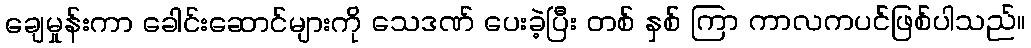
ချေမှုန်းကာ ခေါင်းဆောင်များကို သေဒဏ် ပေးခဲ့ပြီး တစ် နှစ် ကြာ ကာလကပင်ဖြစ်ပါသည်။